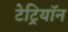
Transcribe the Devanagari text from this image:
टेट्रियॉन